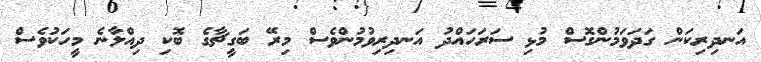
އަނދިރިކަން ގަދަވަމުންގޮސް މުޅި ސަރަހައްދު އަނދިރިވުމުންވެސް މިރޭ ބަގީޗާގެ ބޮކި ދިއްލާނެ މީހަކުވެސް